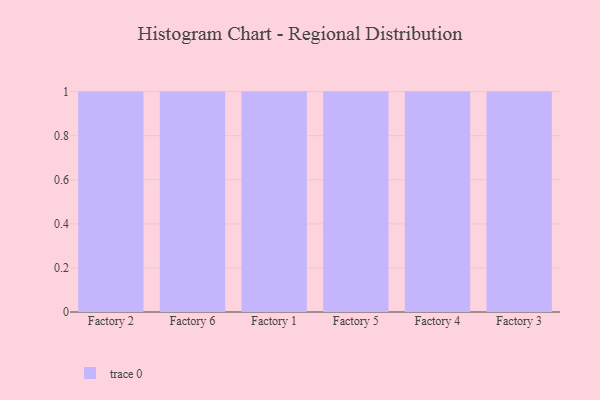
{"axis": {"x": "Factory", "y": "LTV (USD)"}, "legend": [""], "data": [{"x": "Factory 2", "y": 25, "type": ""}, {"x": "Factory 6", "y": 27, "type": ""}, {"x": "Factory 1", "y": 29, "type": ""}, {"x": "Factory 5", "y": 49, "type": ""}, {"x": "Factory 4", "y": 77, "type": ""}, {"x": "Factory 3", "y": 25, "type": ""}]}